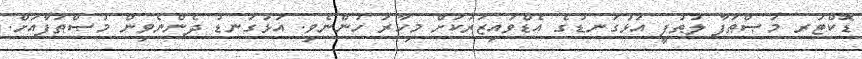
ޑޮކްޓަރ މުޞްޠަފާ ލުޠުފީ އަޅުގަނޑުގެ އެޑްވައިޒަރަކަށް މިހާރު ހުންނެވި. އަޅުގަނޑު ދެންނެވިން މުޞްޠަފާއަށް.